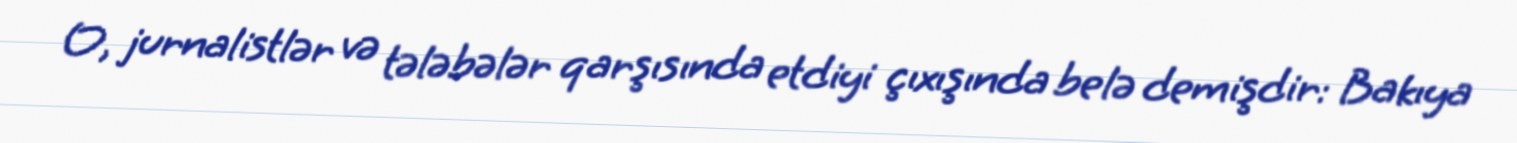
O, jurnalistlər və tələbələr qarşısında etdiyi çıxışında belə demişdir: Bakıya